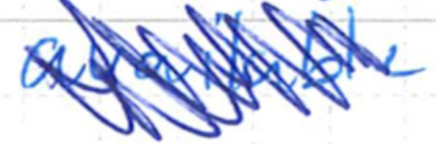
Text: available
Cross-out: mix
Writing tool: ballpoint